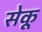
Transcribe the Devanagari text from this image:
सेकू